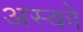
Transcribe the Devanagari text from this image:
अस्को